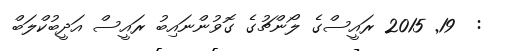
:  19